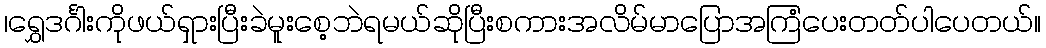
၊ရွှေဒင်္ဂါးကိုဖယ်ရှားပြီးခဲမူးစေ့ဘဲရမယ်ဆိုပြီးစကားအလိမ်မာပြောအကြံပေးတတ်ပါပေတယ်။